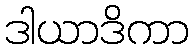
ဒါယာဒိကာ